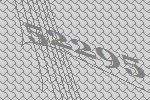
52295